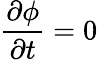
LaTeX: {\frac{\partial\phi}{\partial t}}=0